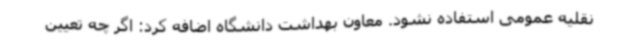
نقلیه عمومی استفاده نشود. معاون بهداشت دانشگاه اضافه کرد: اگر چه تعیین